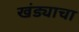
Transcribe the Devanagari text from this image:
खंड्याचा